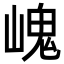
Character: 㟴